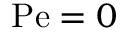
\mathrm { P e } = 0